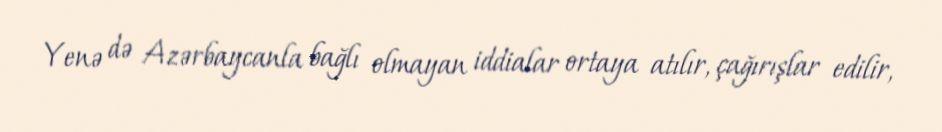
Yenə də Azərbaycanla bağlı olmayan iddialar ortaya atılır, çağırışlar edilir,